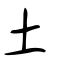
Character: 土